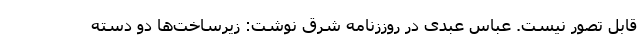
قابل تصور نیست. عباس عبدی در روززنامه شرق نوشت: زیرساخت‌ها دو دسته